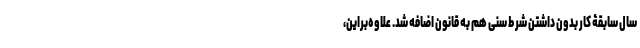
سال سابقۀ کار بدون داشتن شرط سنی هم به قانون اضافه شد. علاوه‌براین،